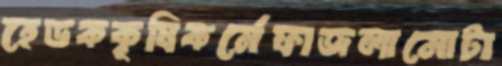
হেডককৃষিকর্মেফাজলামোটা